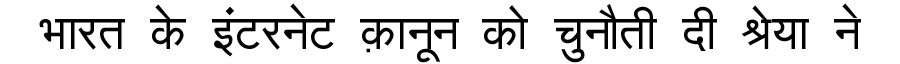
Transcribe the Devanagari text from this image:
भारत के इंटरनेट क़ानून को चुनौती दी श्रेया ने